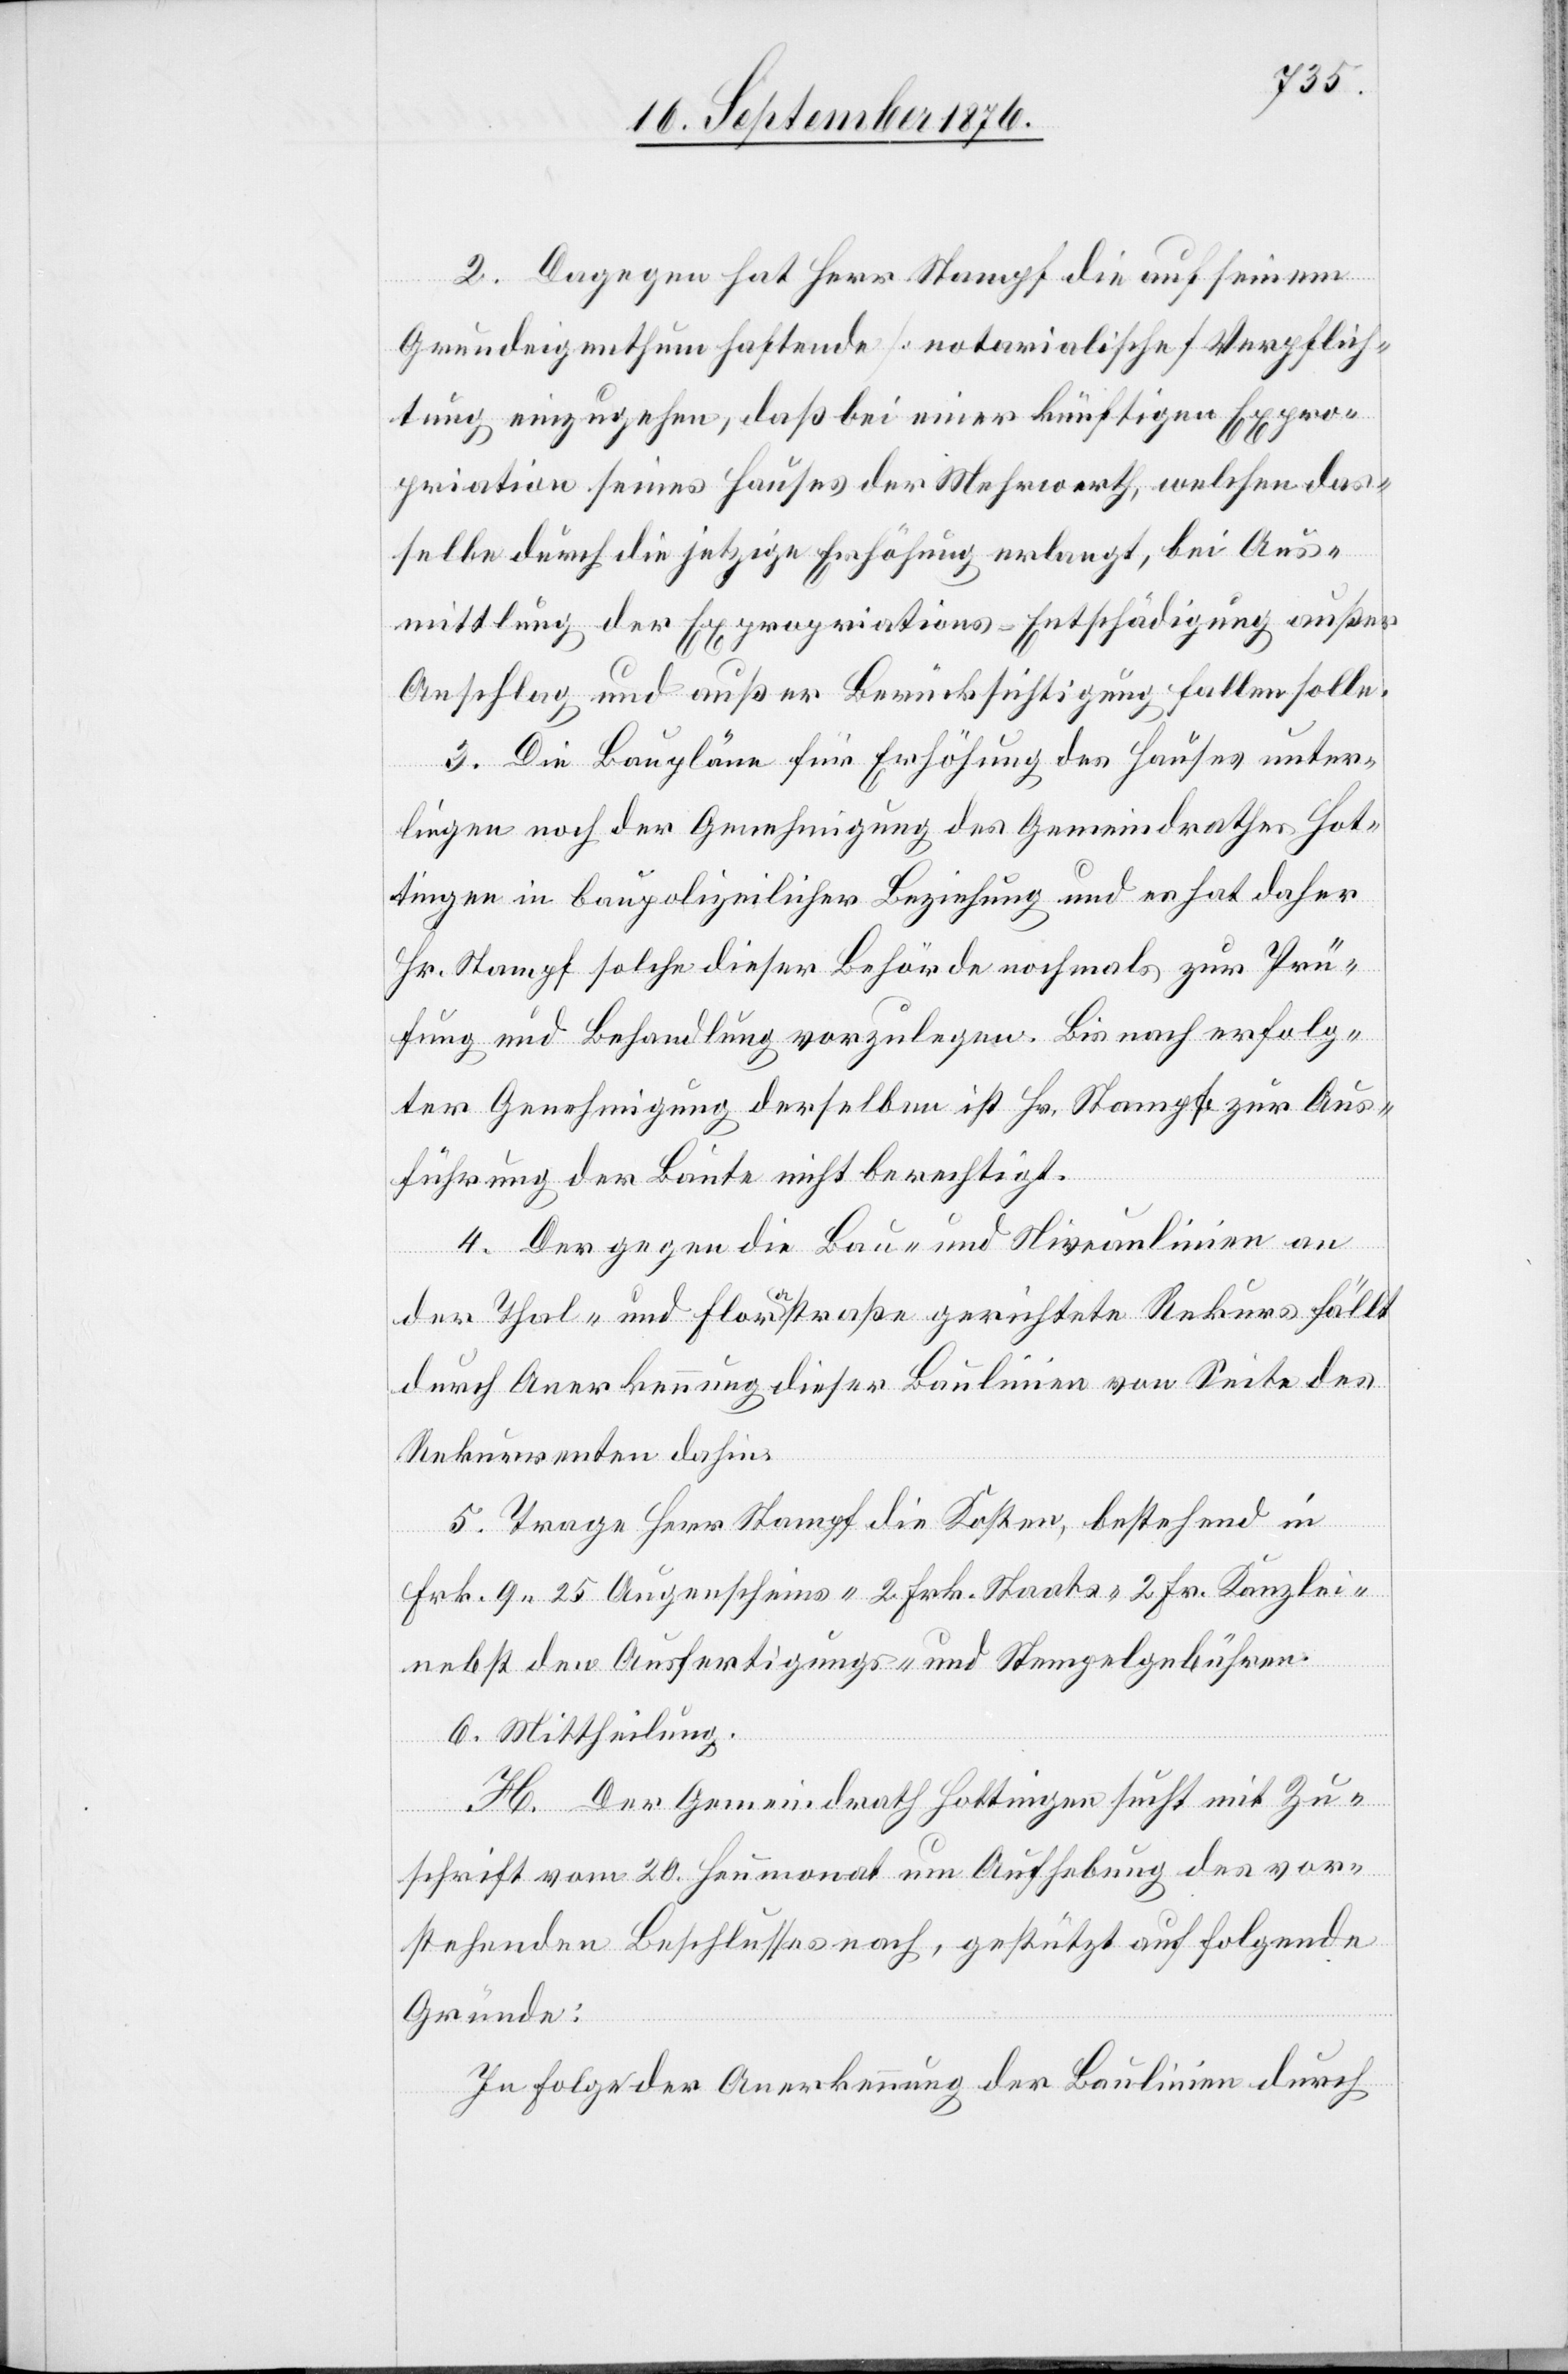
2. Dagegen hat Herr Stampf die auf seinem
Grundeigenthum haftende [notarialische] Verpflich¬
tung einzugehen, daß bei einer künftigen Expro¬
priation seines Hauses der Mehrwerth, welchen das¬
selbe durch die jetzige Erhöhung erlangt, bei Aus¬
mittlung der Expropriations-Entschädigung außer
Anschlag und außer Berücksichtigung fallen solle.
3. Die Baupläne für Erhöhung des Hauses unter¬
liegen noch der Genehmigung des Gemeindrathes Hot¬
tingen in baupolizeilicher Beziehung und es hat daher
Hr. Stampf solche dieser Behörde nochmals zur Prü¬
fung und Behandlung vorzulegen. Bis nach erfolg¬
ter Genehmigung derselben ist Hr. Stampf zur Aus¬
führung der Baute nicht berechtigt.
4. Der gegen die Bau- und Niveaulinien an
der Thal- und Florastraße gerichtete Rekurs fällt
durch Anerkennung dieser Baulinien von Seite des
Rekurrenten dahin.
5. Trage Herr Stampf die Kosten, bestehend in
Frk. 9 25 Augenscheins-[,] 2 Frk. Staats-[,] 2 Fr. Kanzlei-[,]
nebst den Ausfertigungs- und Stempelgebühren.
6. Mittheilung.
H. Der Gemeindrath Hottingen sucht mit Zu¬
schrift vom 20. Heumonat um Aufhebung des vor¬
stehenden Beschlusses nach, gestützt auf folgende
Gründe:
In Folge der Anerkennung der Baulinien durch